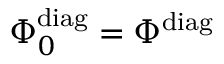
\Phi _ { 0 } ^ { \mathrm { d i a g } } = \Phi ^ { \mathrm { d i a g } } \;